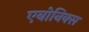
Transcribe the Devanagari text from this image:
एबोनिक्स